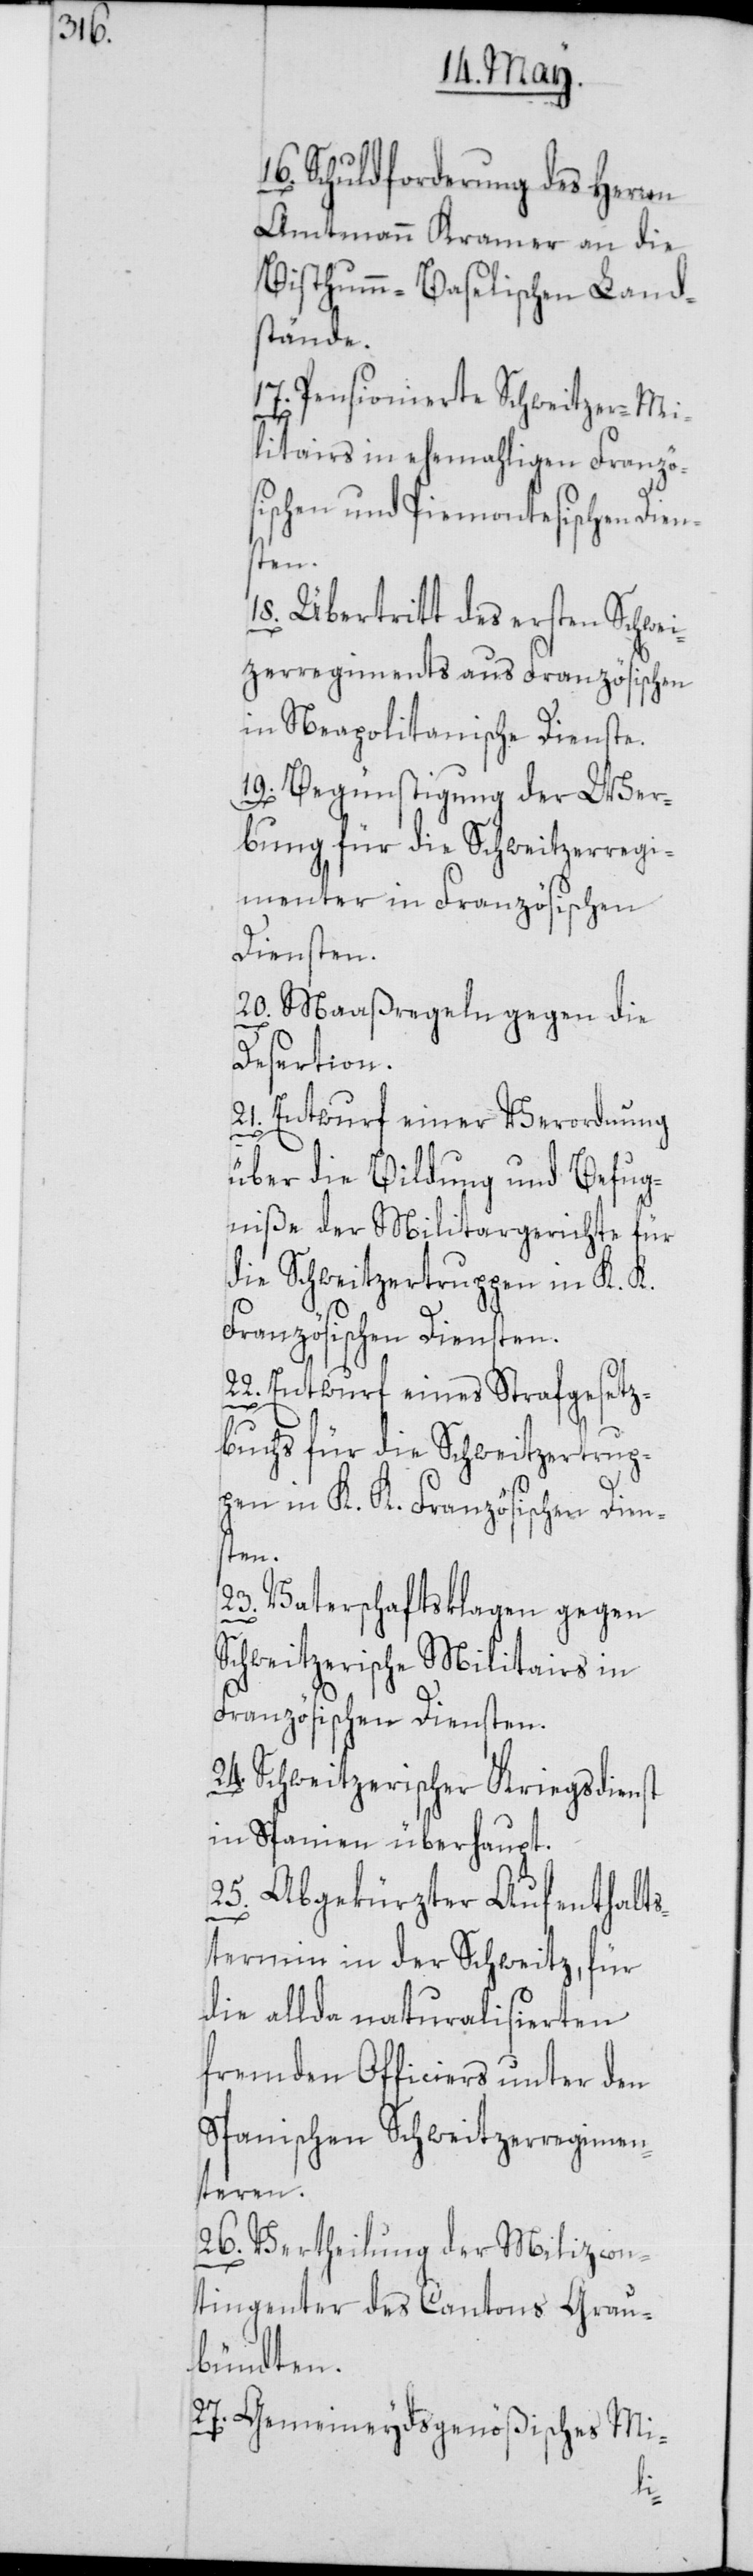
16. Schuldforderung des Herren
Amtmann Kramer an die
Bisthumm-Baselischen Land¬
stände.
17. Pensionierte Schweitzer-Mi¬
litairs in ehemahligen Französ¬
ischen und Piemontesischen Dien¬
sten.
18. Übertritt des ersten Schwei¬
tzerregiments aus Französischen
in Neapolitanische Dienste.
19. Begünstigung der Wer¬
bung die Schweitzerregi¬
menter in Französischen
Diensten.
20. Maaßregeln gegen die
Desertion.
21. Entwurf einer Verordnung
über die Bildung und Befug¬
niße der Militargerichte für
die Schweitzertruppen in K. K.
Französischen Diensten.
22. Entwurf eines Strafgesetz¬
buchs für die Schweitzertrup¬
pen in K. K. Französischen Diens¬
ten.
23. Vaterschaftsklagen gegen
Schweitzerische Militairs in
Französischen Diensten.
24. Schweitzerischer Kriegsdienst
in Spanien überhaupt.
25. Abgekürzter Aufenthalts¬
termin in der Schweitz, für
die allda naturalisierten
fremden Officiers unter den
Spanischen Schweitzerregimen¬
teren.
26. Vertheilung der Milizcon¬
tingenter des Cantons Grau¬
bündten.
27. Gemeineydsgenößisches Mi-